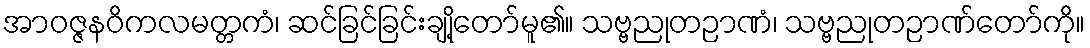
အာဝဇ္ဇနဝိကလမတ္တကံ၊ ဆင်ခြင်ခြင်းချို့တော်မူ၏။ သဗ္ဗညုတဉာဏံ၊ သဗ္ဗညုတဉာဏ်တော်ကို။